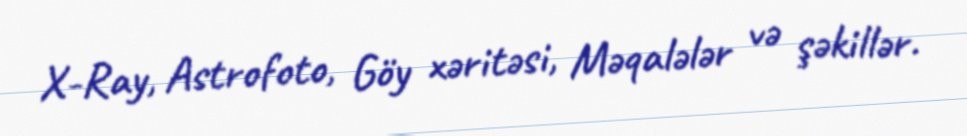
X-Ray, Astrofoto, Göy xəritəsi, Məqalələr və şəkillər.